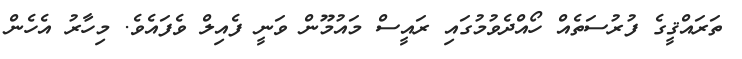
ތަރައްޤީގެ ފުރުސަތެއް ހޯއްދެވުމުގައި ރައީސް މައުމޫން ވަނީ ފެއިލް ވެފައެވެ. މިހާރު އެހެން